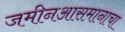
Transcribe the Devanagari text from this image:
जमीनआसमानाचा